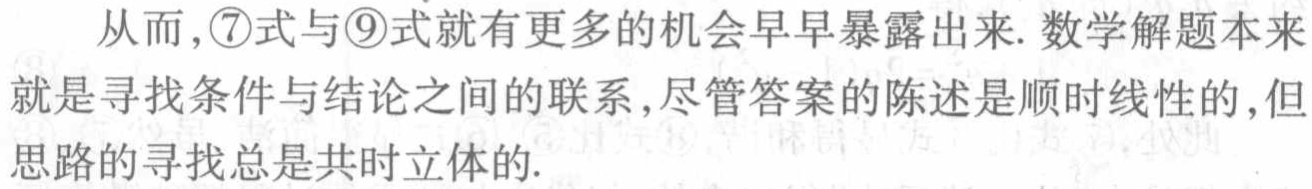
从而,\textcircled{7}式与\textcircled{9}式就有更多的机会早早暴露出来. 数学解题本来就是寻找条件与结论之间的联系, 尽管答案的陈述是顺时线性的, 但思路的寻找总是共时立体的.